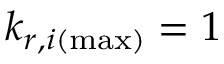
k _ { r , i ( \operatorname* { m a x } ) } = 1